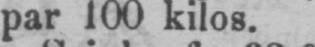
par 100 kilos.